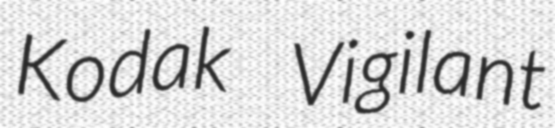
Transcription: Kodak Vigilant